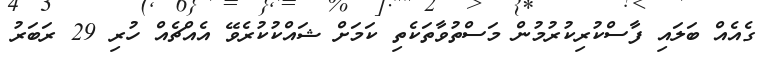
ގެއެއް ބަލައި ފާސްކުރިކުރުމުން މަސްތުވާތަކެތި ކަމަށް ޝައްކުކުރެވޭ އެއްޗެއް ހުރި 29 ރަބަރު